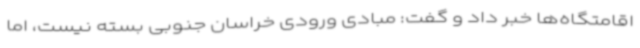
اقامتگاه‌ها خبر داد و گفت: مبادی ورودی خراسان جنوبی بسته نیست، اما